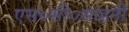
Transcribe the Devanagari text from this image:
एस०सी०साहनी